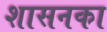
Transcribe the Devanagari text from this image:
शासनका